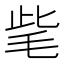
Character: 𣭁